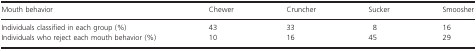
<table><thead><tr><td><b>Mouth behavior</b></td><td><b>Chewer</b></td><td><b>Cruncher</b></td><td><b>Sucker</b></td><td><b>Smoosher</b></td></tr></thead><tbody><tr><td>Individuals classified in each group (%)</td><td>43</td><td>33</td><td>8</td><td>16</td></tr><tr><td>Individuals who reject each mouth behavior (%)</td><td>10</td><td>16</td><td>45</td><td>29</td></tr></tbody></table>